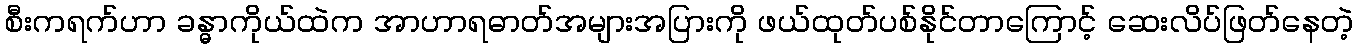
စီးကရက်ဟာ ခန္ဓာကိုယ်ထဲက အာဟာရဓာတ်အများအပြားကို ဖယ်ထုတ်ပစ်နိုင်တာကြောင့် ဆေးလိပ်ဖြတ်နေတဲ့